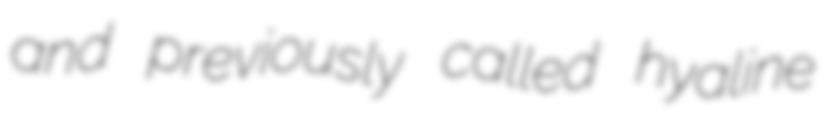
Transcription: and previously called hyaline